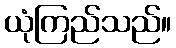
ယုံကြည်သည်။